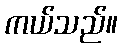
ကယ်သည်။